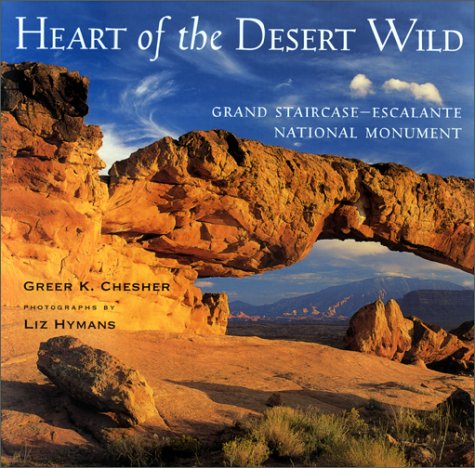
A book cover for Heart of the Desert Wild; Greer K. Chesher; Travel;